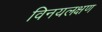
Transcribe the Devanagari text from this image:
विनयलक्षण